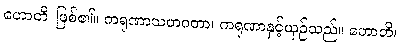
ဟောတိ၊ ဖြစ်၏။ ကရုဏာသဟဂတာ၊ ကရုဏာနှင့်ယှဉ်သည်။ ဟောတိ၊